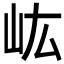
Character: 𡵓